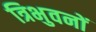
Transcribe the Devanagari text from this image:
त्रिभुवनों